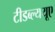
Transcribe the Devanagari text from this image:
टीडब्ल्ययूए